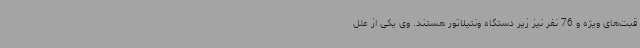
قبت‌های ویژه و 76 نفر نیز زیر دستگاه ونتیلاتور هستند. وی یکی از علل